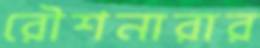
রৌশনারার